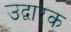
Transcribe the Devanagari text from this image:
उद्वारक